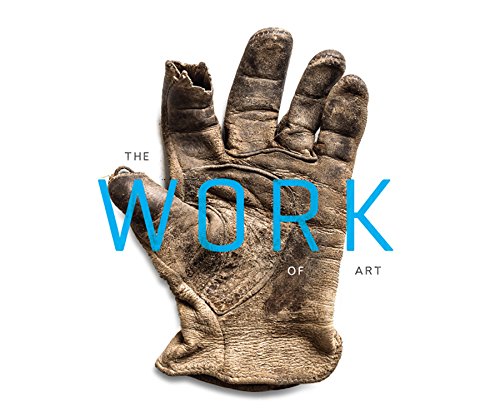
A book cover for The Work of Art: A JLF & Associates and Big-D Signature Collaboration; William Hjortsberg; Arts & Photography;